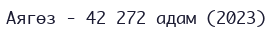
Аягөз - 42 272 адам (2023)